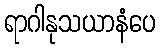
ရာဂါနုသယာနံပေ